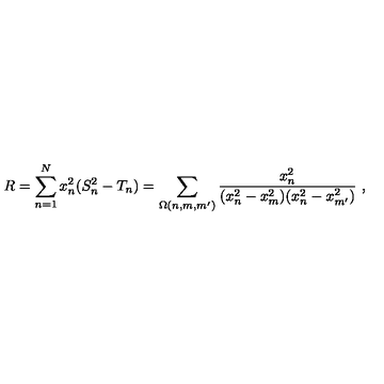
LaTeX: R = \sum _ { n = 1 } ^ { N } x _ { n } ^ { 2 } ( S _ { n } ^ { 2 } - T _ { n } ) = \sum _ { \Omega ( n , m , m ^ { \prime } ) } \frac { x _ { n } ^ { 2 } } { ( x _ { n } ^ { 2 } - x _ { m } ^ { 2 } ) ( x _ { n } ^ { 2 } - x _ { m ^ { \prime } } ^ { 2 } ) } \ ,